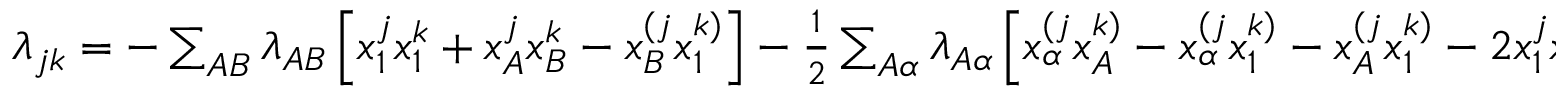
\begin{array} { r } { \lambda _ { j k } = - \sum _ { A B } \lambda _ { A B } \left[ x _ { 1 } ^ { j } x _ { 1 } ^ { k } + x _ { A } ^ { j } x _ { B } ^ { k } - x _ { B } ^ { ( j } x _ { 1 } ^ { k ) } \right] - \frac 1 2 \sum _ { A \alpha } \lambda _ { A \alpha } \left[ x _ { \alpha } ^ { ( j } x _ { A } ^ { k ) } - x _ { \alpha } ^ { ( j } x _ { 1 } ^ { k ) } - x _ { A } ^ { ( j } x _ { 1 } ^ { k ) } - 2 x _ { 1 } ^ { j } x _ { 1 } ^ { k } \right] , } \end{array}